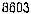
8603